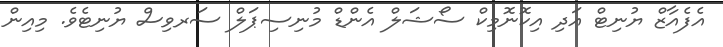
އެފެއާޒް ޔުނިޓް އަދި އިކޮނޮމިކް ސޯޝަލް އެންޑް މުނިސިޕަލް ސަރވިސް ޔުނިޓެވެ. މިއިން